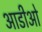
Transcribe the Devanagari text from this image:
आडीओ